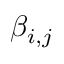
\beta _ { i , j }